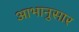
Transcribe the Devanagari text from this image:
आभानुसार